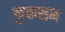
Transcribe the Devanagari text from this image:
कुकसन